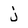
Character: j